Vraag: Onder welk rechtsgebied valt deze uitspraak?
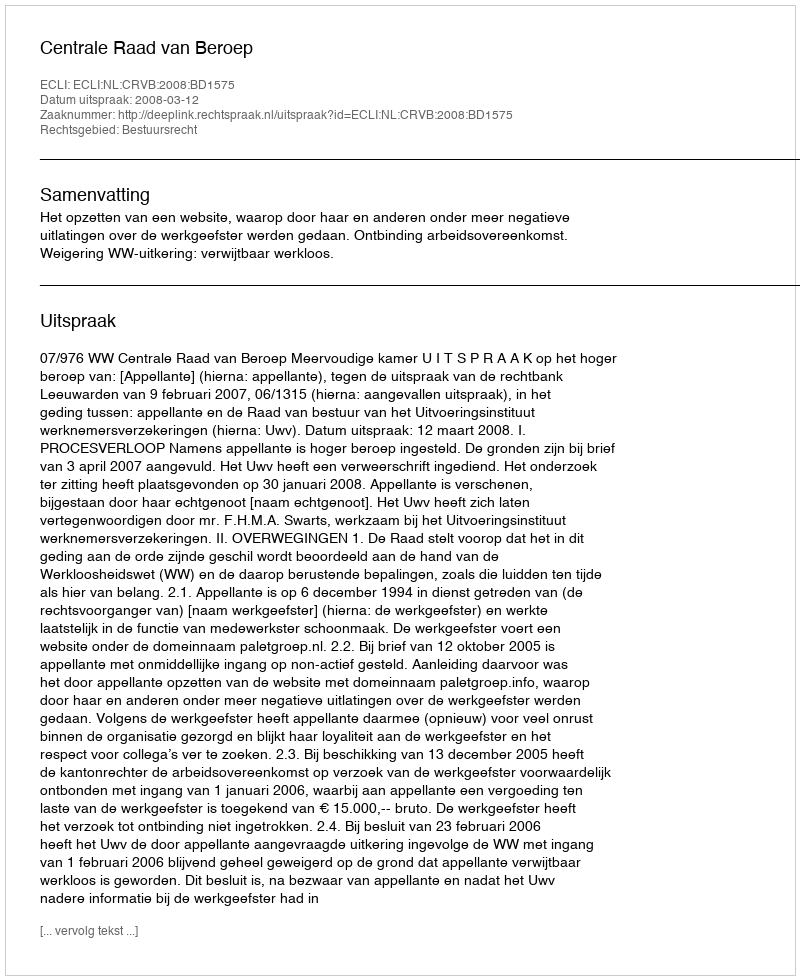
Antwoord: Bestuursrecht